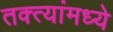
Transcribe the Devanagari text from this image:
तक्त्यांमध्ये